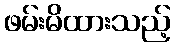
ဖမ်းမိထားသည့်